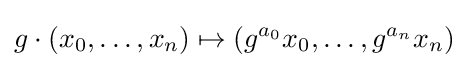
g\cdot (x_{0},\ldots ,x_{n})\mapsto (g^{a_{0}}x_{0},\ldots ,g^{a_{n}}x_{n})